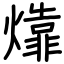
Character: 㸆